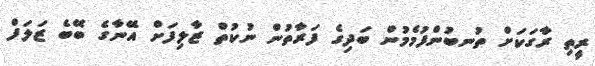
ރީތި ރާގަކަށް ތުނބުންފުމެމުން ބަދިގެ ފަރާތުން ނުކުތް ޒާލިފަށް އޭނާގެ ބޭބެ ޒަލަފް